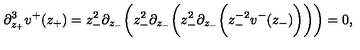
\partial _ { z _ { + } } ^ { 3 } v ^ { + } ( z _ { + } ) = z _ { - } ^ { 2 } \partial _ { z _ { - } } \bigg ( z _ { - } ^ { 2 } \partial _ { z _ { - } } \bigg ( z _ { - } ^ { 2 } \partial _ { z _ { - } } \bigg ( z _ { - } ^ { - 2 } v ^ { - } ( z _ { - } ) \bigg ) \bigg ) \bigg ) = 0 ,